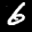
Label: 6